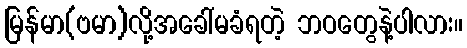
မြန်မာ(ဗမာ)လို့အခေါ်မခံရတဲ့ ဘဝတွေနဲ့ပါလား။